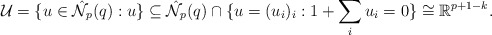
\begin{align*} \mathcal{U}=\{u\in\hat{\mathcal{N}}_p(q):u\}\subseteq\hat{\mathcal{N}}_p(q)\cap\{u=(u_i)_i:1+\sum_iu_i=0\}\cong\mathbb{R}^{p+1-k}.\end{align*}